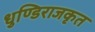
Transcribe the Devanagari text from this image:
धुण्डिराजकृत